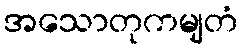
အသောတုကမျတံ